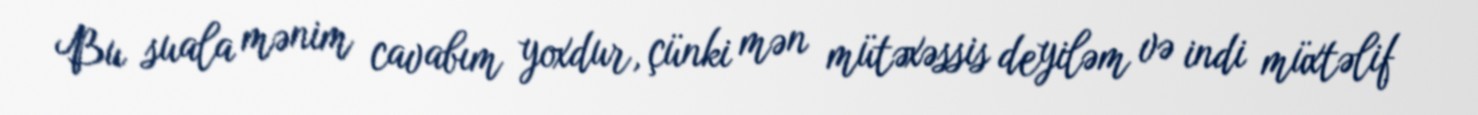
Bu suala mənim cavabım yoxdur, çünki mən mütəxəssis deyiləm və indi müxtəlif